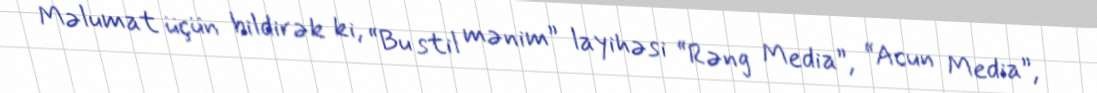
Məlumat üçün bildirək ki, “Bu stil mənim” layihəsi “Rəng Media”, “Acun Media”,